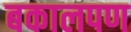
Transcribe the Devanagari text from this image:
बकालपण